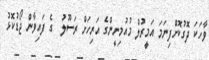
ވާހަކަ ދޮގުކޮށްފިނަމަ އަމީރުލް މުއުމިނީންގެ އަރިހަށް ރަސޫލު  ގެ ފައިވާން ޖޯޑުކޮޅު